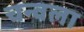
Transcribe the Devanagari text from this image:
चन्वला